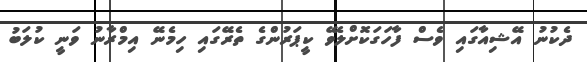
ދެކުނު އޭޝިއާގައި ވެސް ފާހަގަކޮށްލެވޭ ކީޕަރުންގެ ތެރޭގައި ހިމެނޭ އިމްރާނު ވަނީ ކުލަބު